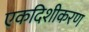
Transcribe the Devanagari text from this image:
एकदिशीकरण